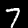
Label: 7